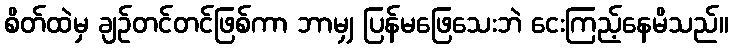
စိတ်ထဲမှ ချဉ်တင်တင်ဖြစ်ကာ ဘာမျှ ပြန်မဖြေသေးဘဲ ငေးကြည့်နေမိသည်။